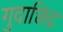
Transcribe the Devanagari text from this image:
गुदाछिद्र